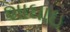
શાઘાઇ